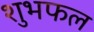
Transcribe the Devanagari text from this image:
शुभफल